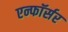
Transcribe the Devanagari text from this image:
एन्फाॅर्सर